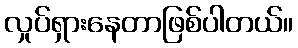
လှုပ်ရှားနေတာဖြစ်ပါတယ်။